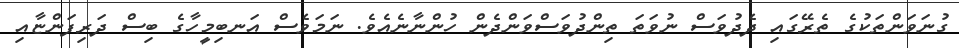
ގުނަވަންތަކުގެ ތެރޭގައި ދެދުވަސް ނުވަތަ ތިންދުވަސްވަންދެން ހުންނާނެއެވެ. ނަމަވެސް އަނބިމީހާގެ ބިސް ދަރިފަންޏާއި